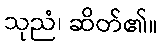
သုညံ၊ ဆိတ်၏။